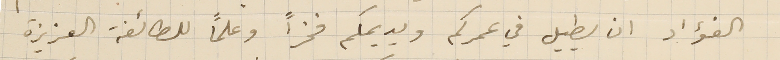
الفؤاد ان يطيل في عمركم ويديمكم فخراً وعلمًا للطائفة العزيزة